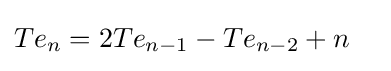
{\begin{aligned}&Te_{n}=2Te_{n-1}-Te_{n-2}+n\end{aligned}}